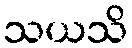
သယသိ